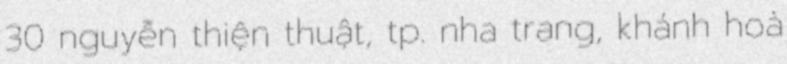
30 nguyễn thiện thuật, tp. nha trang, khánh hoà